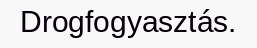
Drogfogyasztás.